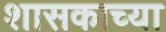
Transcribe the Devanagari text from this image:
शासकाच्या